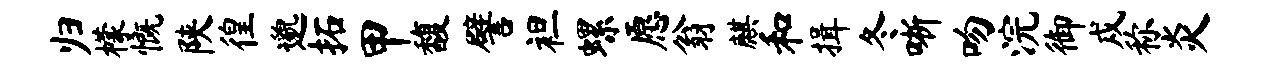
归檬慨陕徨邈拓甲馥譬袒螺愿翁麒和揖冬晰吻浣御戍称炎